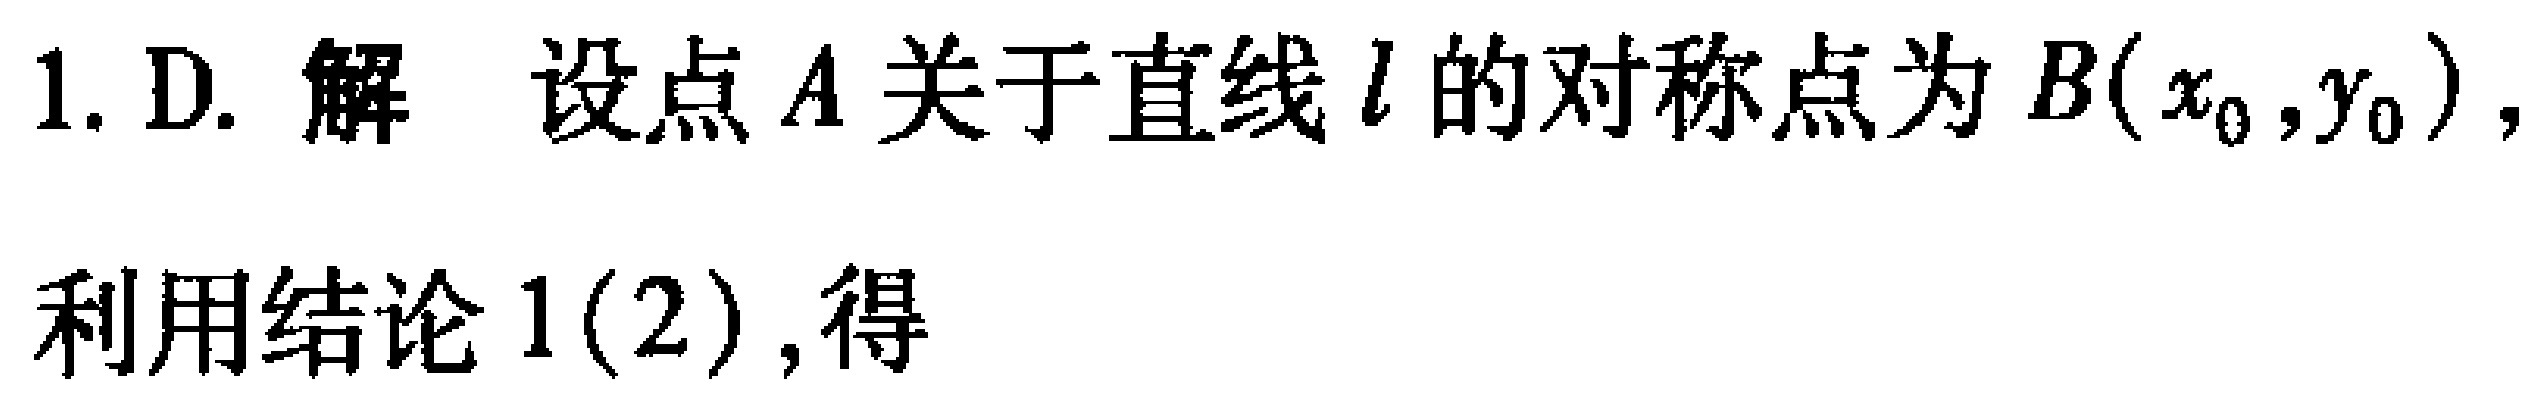
1. D. 解 设点\(A\)关于直线\(l\)的对称点为\(B(x_0,y_0)\)，
利用结论 \(1(2)\)，得